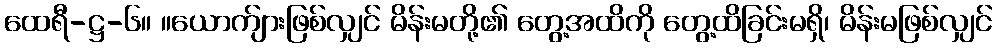
ထေရီ-ဋ္ဌ-၆။ ။ယောက်ျားဖြစ်လျှင် မိန်းမတို့၏ တွေ့အထိကို တွေ့ထိခြင်းမရှိ၊ မိန်းမဖြစ်လျှင်